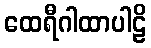
ထေရီဂါထာပါဠိ